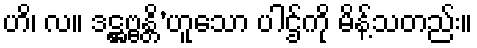
ဟိ၊ လ။ ဒဋ္ဌဗ္ဗန္တိ’ဟူသော ပါဌ်ကို မိန့်သတည်း။